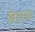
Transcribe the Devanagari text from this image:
हेक्टरांवर